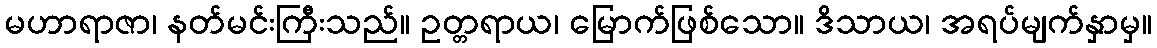
မဟာရာဇာ၊ နတ်မင်းကြီးသည်။ ဥတ္တရာယ၊ မြောက်ဖြစ်သော။ ဒိသာယ၊ အရပ်မျက်နှာမှ။